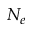
N _ { e }